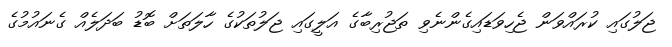
ޖަލުގައި ކުރައްވަން ޖެހިވަޑައިގެންނެވި ތަޖުރިބާގެ އަލީގައި ޖަލުތަކުގެ ހާލަތަށް ބޮޑު ބަދަލެއް ގެނައުމުގެ